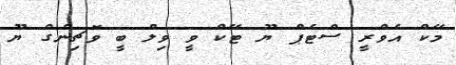
މޭކް އެވްރީ ސްޓެޕް ޔޫ ޓޭކް ވީ ވިލް ބީ ވޮޗިންގް ޔޫ